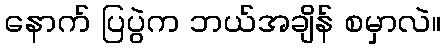
နောက် ပြပွဲက ဘယ်အချိန် စမှာလဲ။